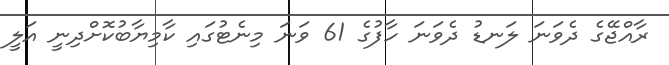
ރާއްޖޭގެ ދެވަނަ ލަނޑު ދެވަނަ ހާފުގެ 61 ވަނަ މިނެޓުގައި ކާމިޔާބުކޮށްދިނީ އަލީ